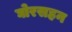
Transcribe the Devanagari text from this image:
घोरसहन